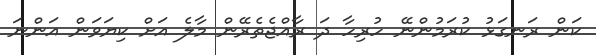
ކަން ރަނގަޅު ކުރަމުންނޭ ހުރިހާ ދަ ރާއްޖެތެރޭން މާލެ އަށް ކިޔަވަން އަންނަ